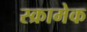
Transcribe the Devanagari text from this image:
स्क्रामेक